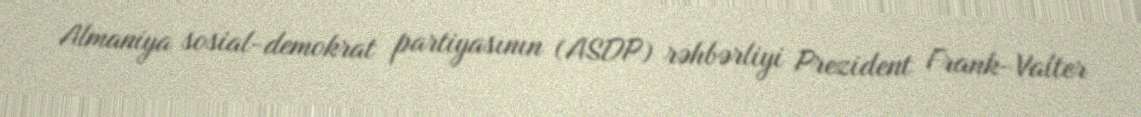
Almaniya sosial-demokrat partiyasının (ASDP) rəhbərliyi Prezident Frank-Valter